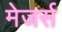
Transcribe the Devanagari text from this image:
मेजर्स